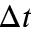
\Delta t